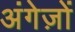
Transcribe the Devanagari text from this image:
अंगेज़ों